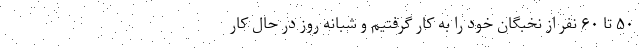
۵۰ تا ۶۰ نفر از نخبگان خود را به کار گرفتیم و شبانه روز در حال کار